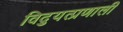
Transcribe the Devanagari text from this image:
विद्युत्प्रणाली